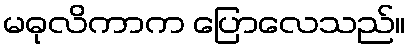
မဓုလိကာက ပြောလေသည်။